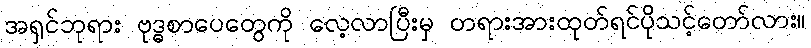
အရှင်ဘုရား ဗုဒ္ဓစာပေတွေကို လေ့လာပြီးမှ တရားအားထုတ်ရင်ပိုသင့်တော်လား။